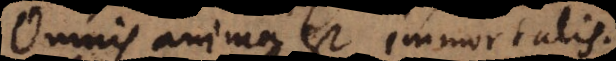
Omnis anima est immortalis.